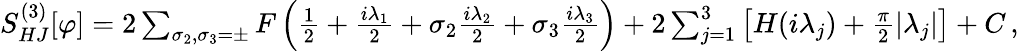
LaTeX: \begin{array}{r}{S_{HJ}^{(3)}[\varphi]=2\sum_{\sigma_{2},\sigma_{3}=\pm}F\left({\frac{1}{2}}+{\frac{i\lambda_{1}}{2}}+\sigma_{2}{\frac{i\lambda_{2}}{2}}+\sigma_{3}{\frac{i\lambda_{3}}{2}}\right)+2\sum_{j=1}^{3}\left[H(i\lambda_{j})+{\frac{\pi}{2}}|\lambda_{j}|\right]+C\, ,}\end{array}